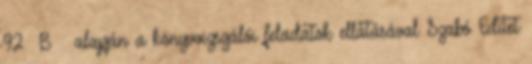
92 B § alapján a könyvvizsgálói feladatok ellátásával Szabó Editet